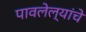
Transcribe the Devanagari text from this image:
पावलेल्यांचे